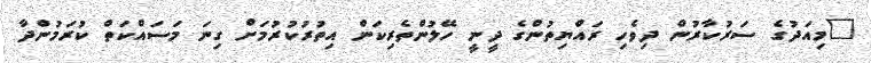
"މިއަދުގެ ސަރުކާރުން ދިވެހި ރައްޔިތުންގެ ދީނީ ހޭލުންތެރިކަން އިތުރުކުރުމަށް ގިނަ މަސައްކަތް ކުރަމުންދާ